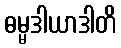
ဓမ္မဒါယာဒါတိ